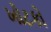
ખોટકો